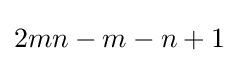
2mn-m-n+1